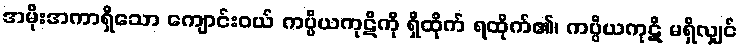
အမိုးအကာရှိသော ကျောင်းဝယ် ကပ္ပိယကုဋိကို ရှိထိုက် ရထိုက်၏၊ ကပ္ပိယကုဋိ မရှိလျှင်